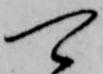
可